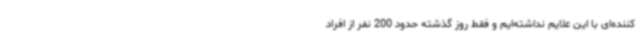
کننده‌ای با این علایم نداشته‌ایم و فقط روز گذشته حدود 200 نفر از افراد